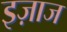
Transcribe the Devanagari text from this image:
इज़ाज